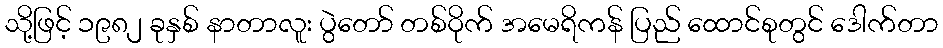
သို့ဖြင့် ၁၉၈၂ ခုနှစ် နာတာလူး ပွဲတော် တစ်ဝိုက် အမေရိကန် ပြည် ထောင်စုတွင် ဒေါက်တာ